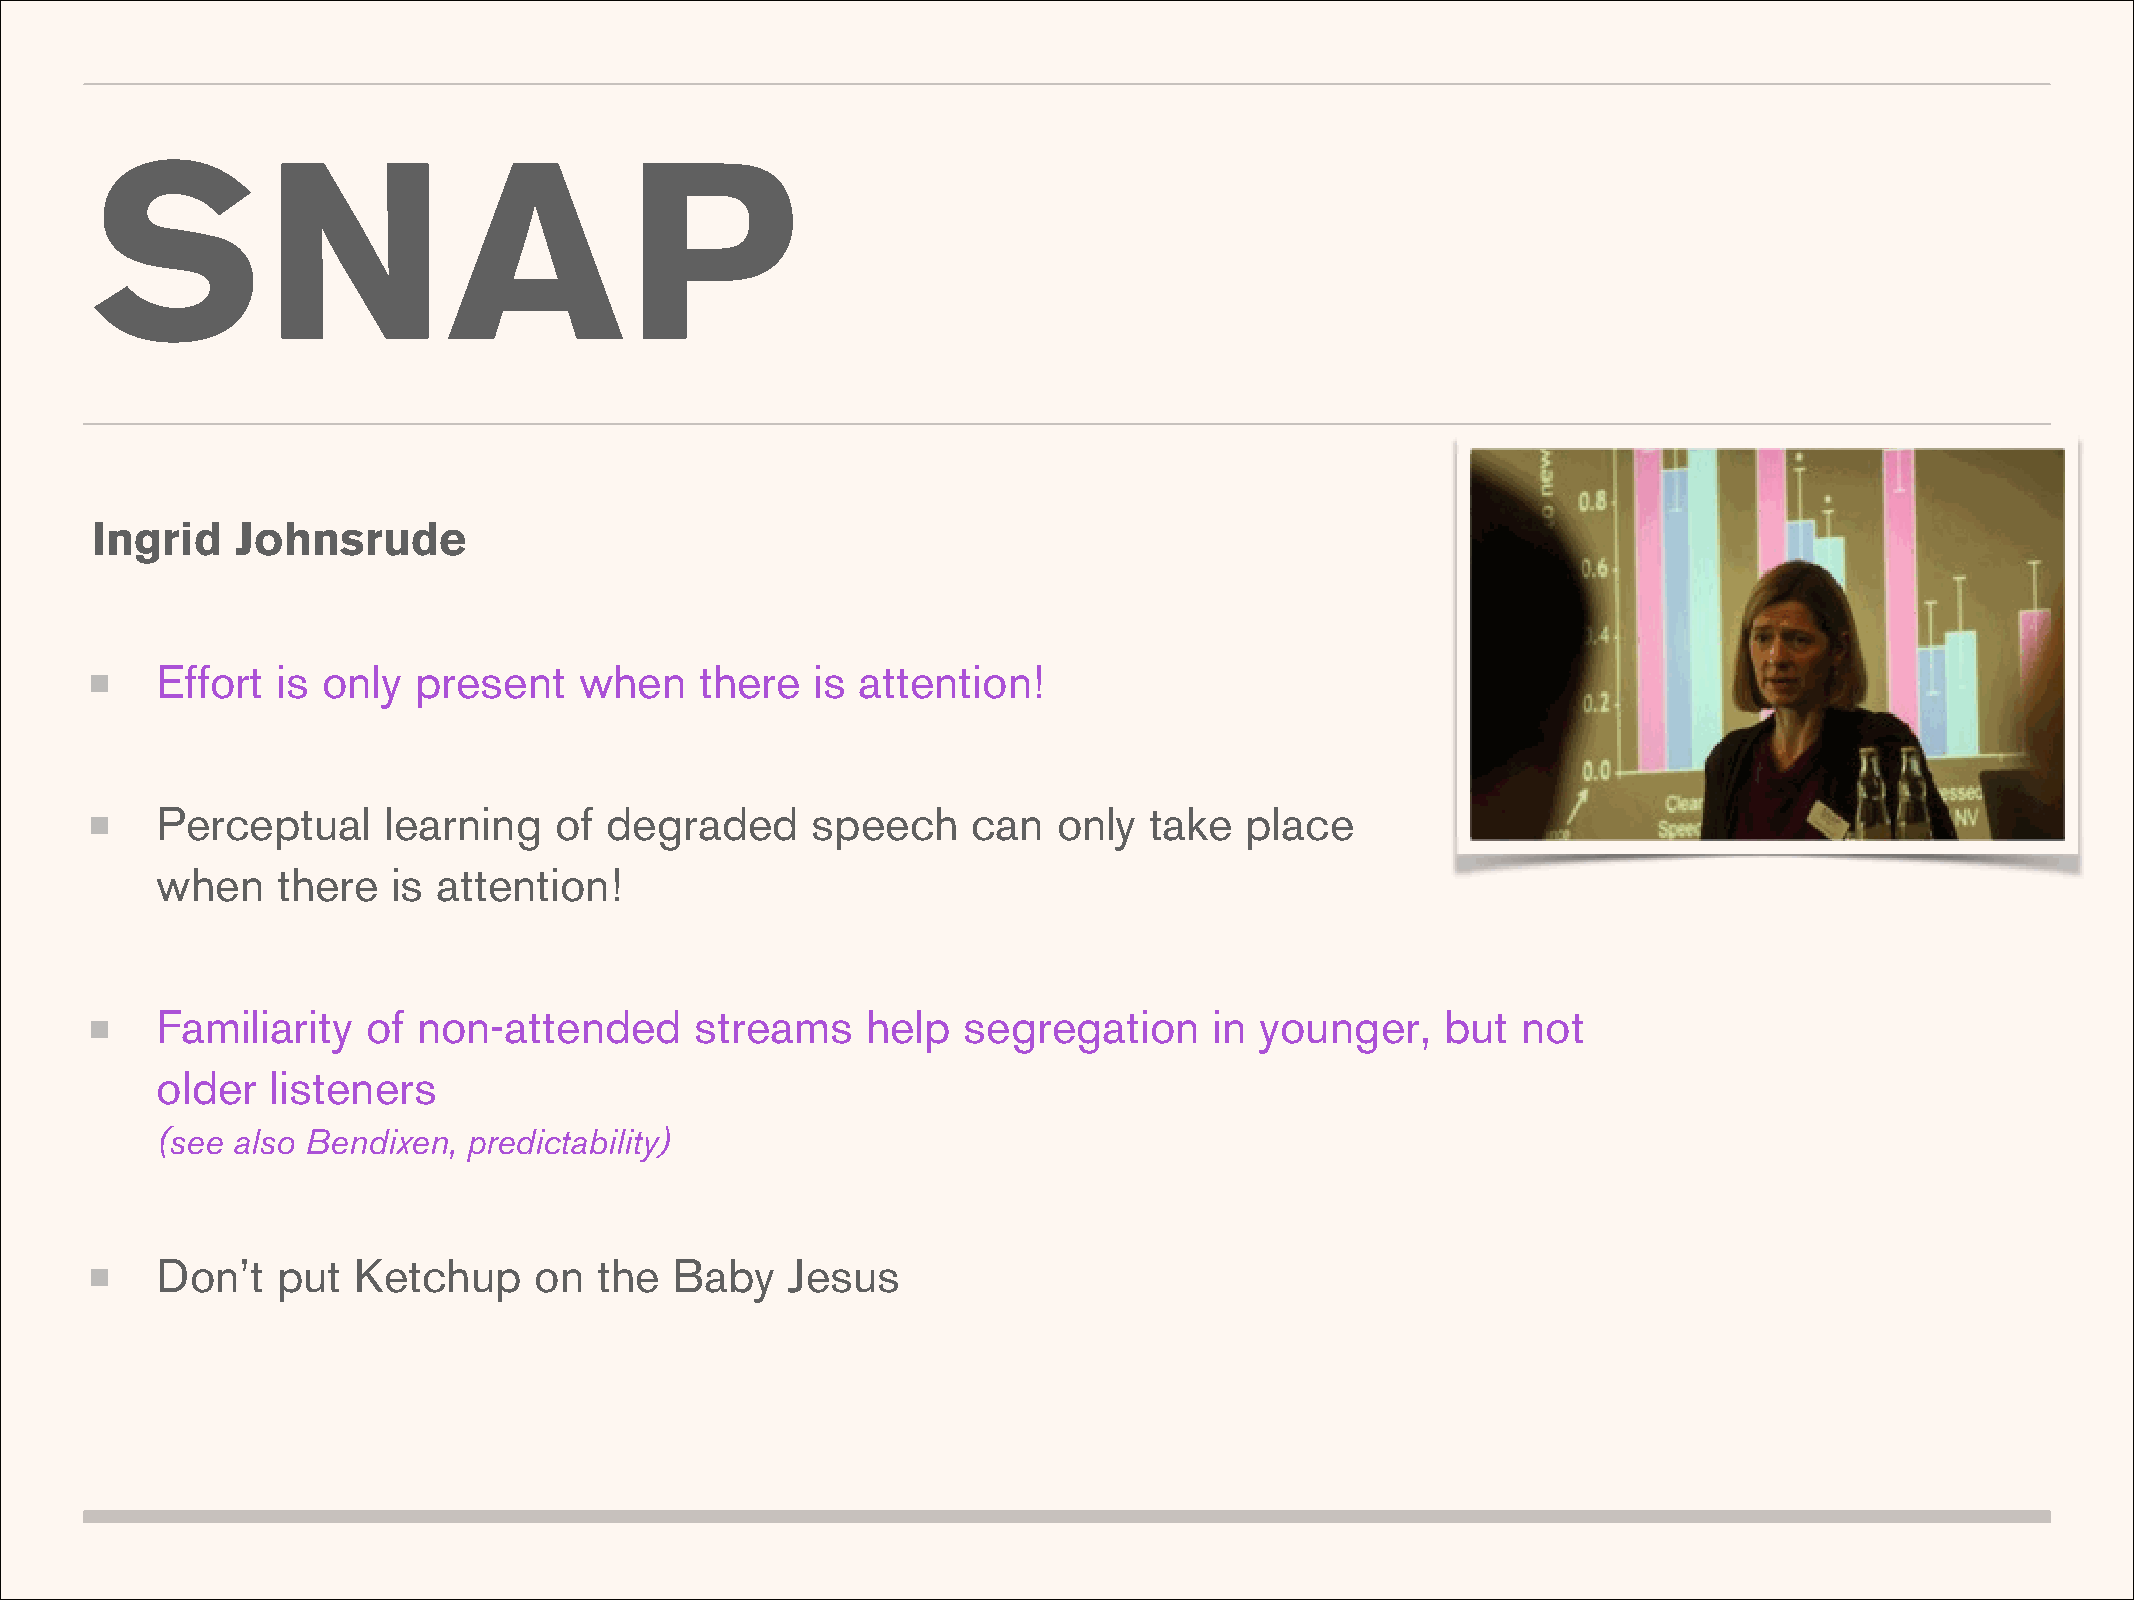
SNAP
 Ingrid    Johnsrude
 Effort  is only  present    when    there   is attention!
 Perceptual     learning    of degraded      speech    can   only  take  place
 when    there   is attention!
 Familiarity   of  non-attended      streams    help   segregation     in younger,     but  not
 older   listeners
 (see also Bendixen,  predictability)
 Don’t   put  Ketchup     on   the  Baby   Jesus